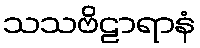
သသဗိဠာရာနံ